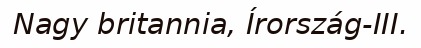
Nagy britannia, Írország-III.